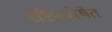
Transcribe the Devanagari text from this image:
दृष्टिपथरेषेत